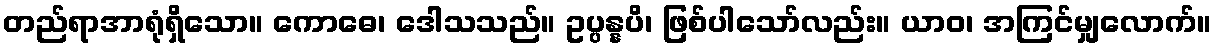
တည်ရာအာရုံရှိသော။ ကောဓေ၊ ဒေါသသည်။ ဥပ္ပန္နပိ၊ ဖြစ်ပါသော်လည်း။ ယာဝ၊ အကြင်မျှလောက်။